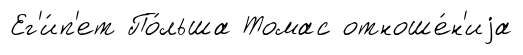
Ег'и́п'ет По́льша Томас отноше́н'иjа